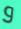
و